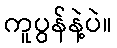
ကူပွန်နဲ့ပဲ။